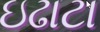
ઇઢાટા